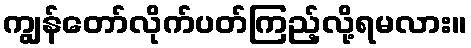
ကျွန်တော်လိုက်ပတ်ကြည့်လို့ရမလား။